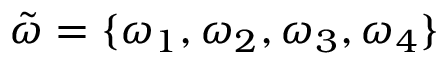
\tilde { \omega } = \{ \omega _ { 1 } , \omega _ { 2 } , \omega _ { 3 } , \omega _ { 4 } \}